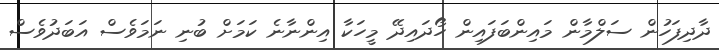
ދާދިފަހުން ސަލްމާން މައިންބަފައިން ހޯދައިދޭ މީހަކާ އިންނާނެ ކަމަށް ބުނި ނަމަވެސް އަބަދުވެސް